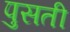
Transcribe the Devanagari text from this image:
पुसती